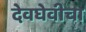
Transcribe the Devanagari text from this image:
देवघेवीचा